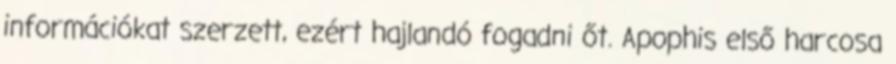
információkat szerzett, ezért hajlandó fogadni őt. Apophis első harcosa